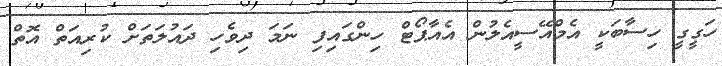
ހަގީގީ ހިސާބަކީ އެމްއޭސީއެލުން އެއާޕޯޓް ހިންގައިފި ނަމަ ދިވެހި ދައުލަތަށް ކުރިއަތް އޮތް